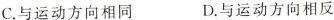
C.与运动方向相同D.与运动方向相反